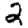
Digit: 2